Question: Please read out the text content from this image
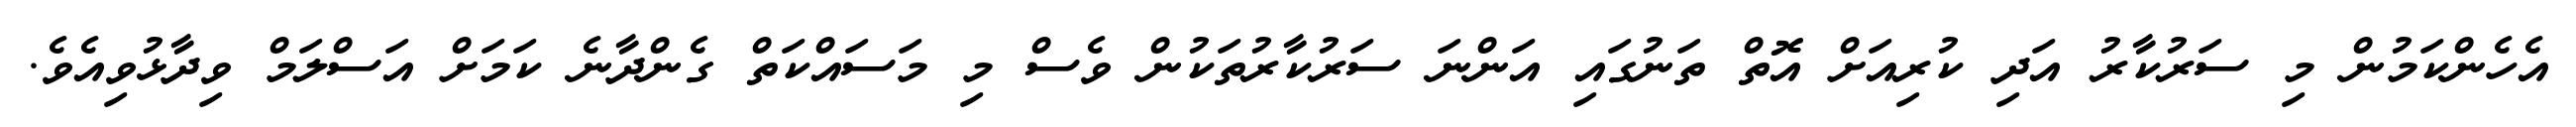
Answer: އެހެންކަމުން މި ސަރުކާރު އަދި ކުރިއަށް އޮތް ތަނުގައި އަންނަ ސަރުކާރުތަކުން ވެސް މި މަސައްކަތް ގެންދާނެ ކަމަށް އަސްލަމް ވިދާޅުވިއެވެ.